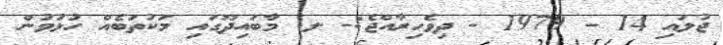
ޖުލައި 14 - 1979 - ދިވެހިރާއްޖެ:- ލ. މާބައިދޫގައި މަކުތަބެއް ހުޅުވުން